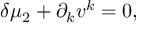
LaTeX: \delta \mu _ { 2 } + \partial _ { k } v ^ { k } = 0 ,